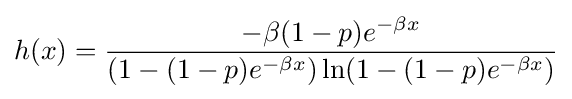
h(x)={\frac {-\beta (1-p)e^{-\beta x}}{(1-(1-p)e^{-\beta x})\ln(1-(1-p)e^{-\beta x})}}